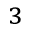
_ 3